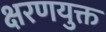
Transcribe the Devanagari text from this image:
क्षरणयुक्त